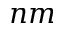
n m